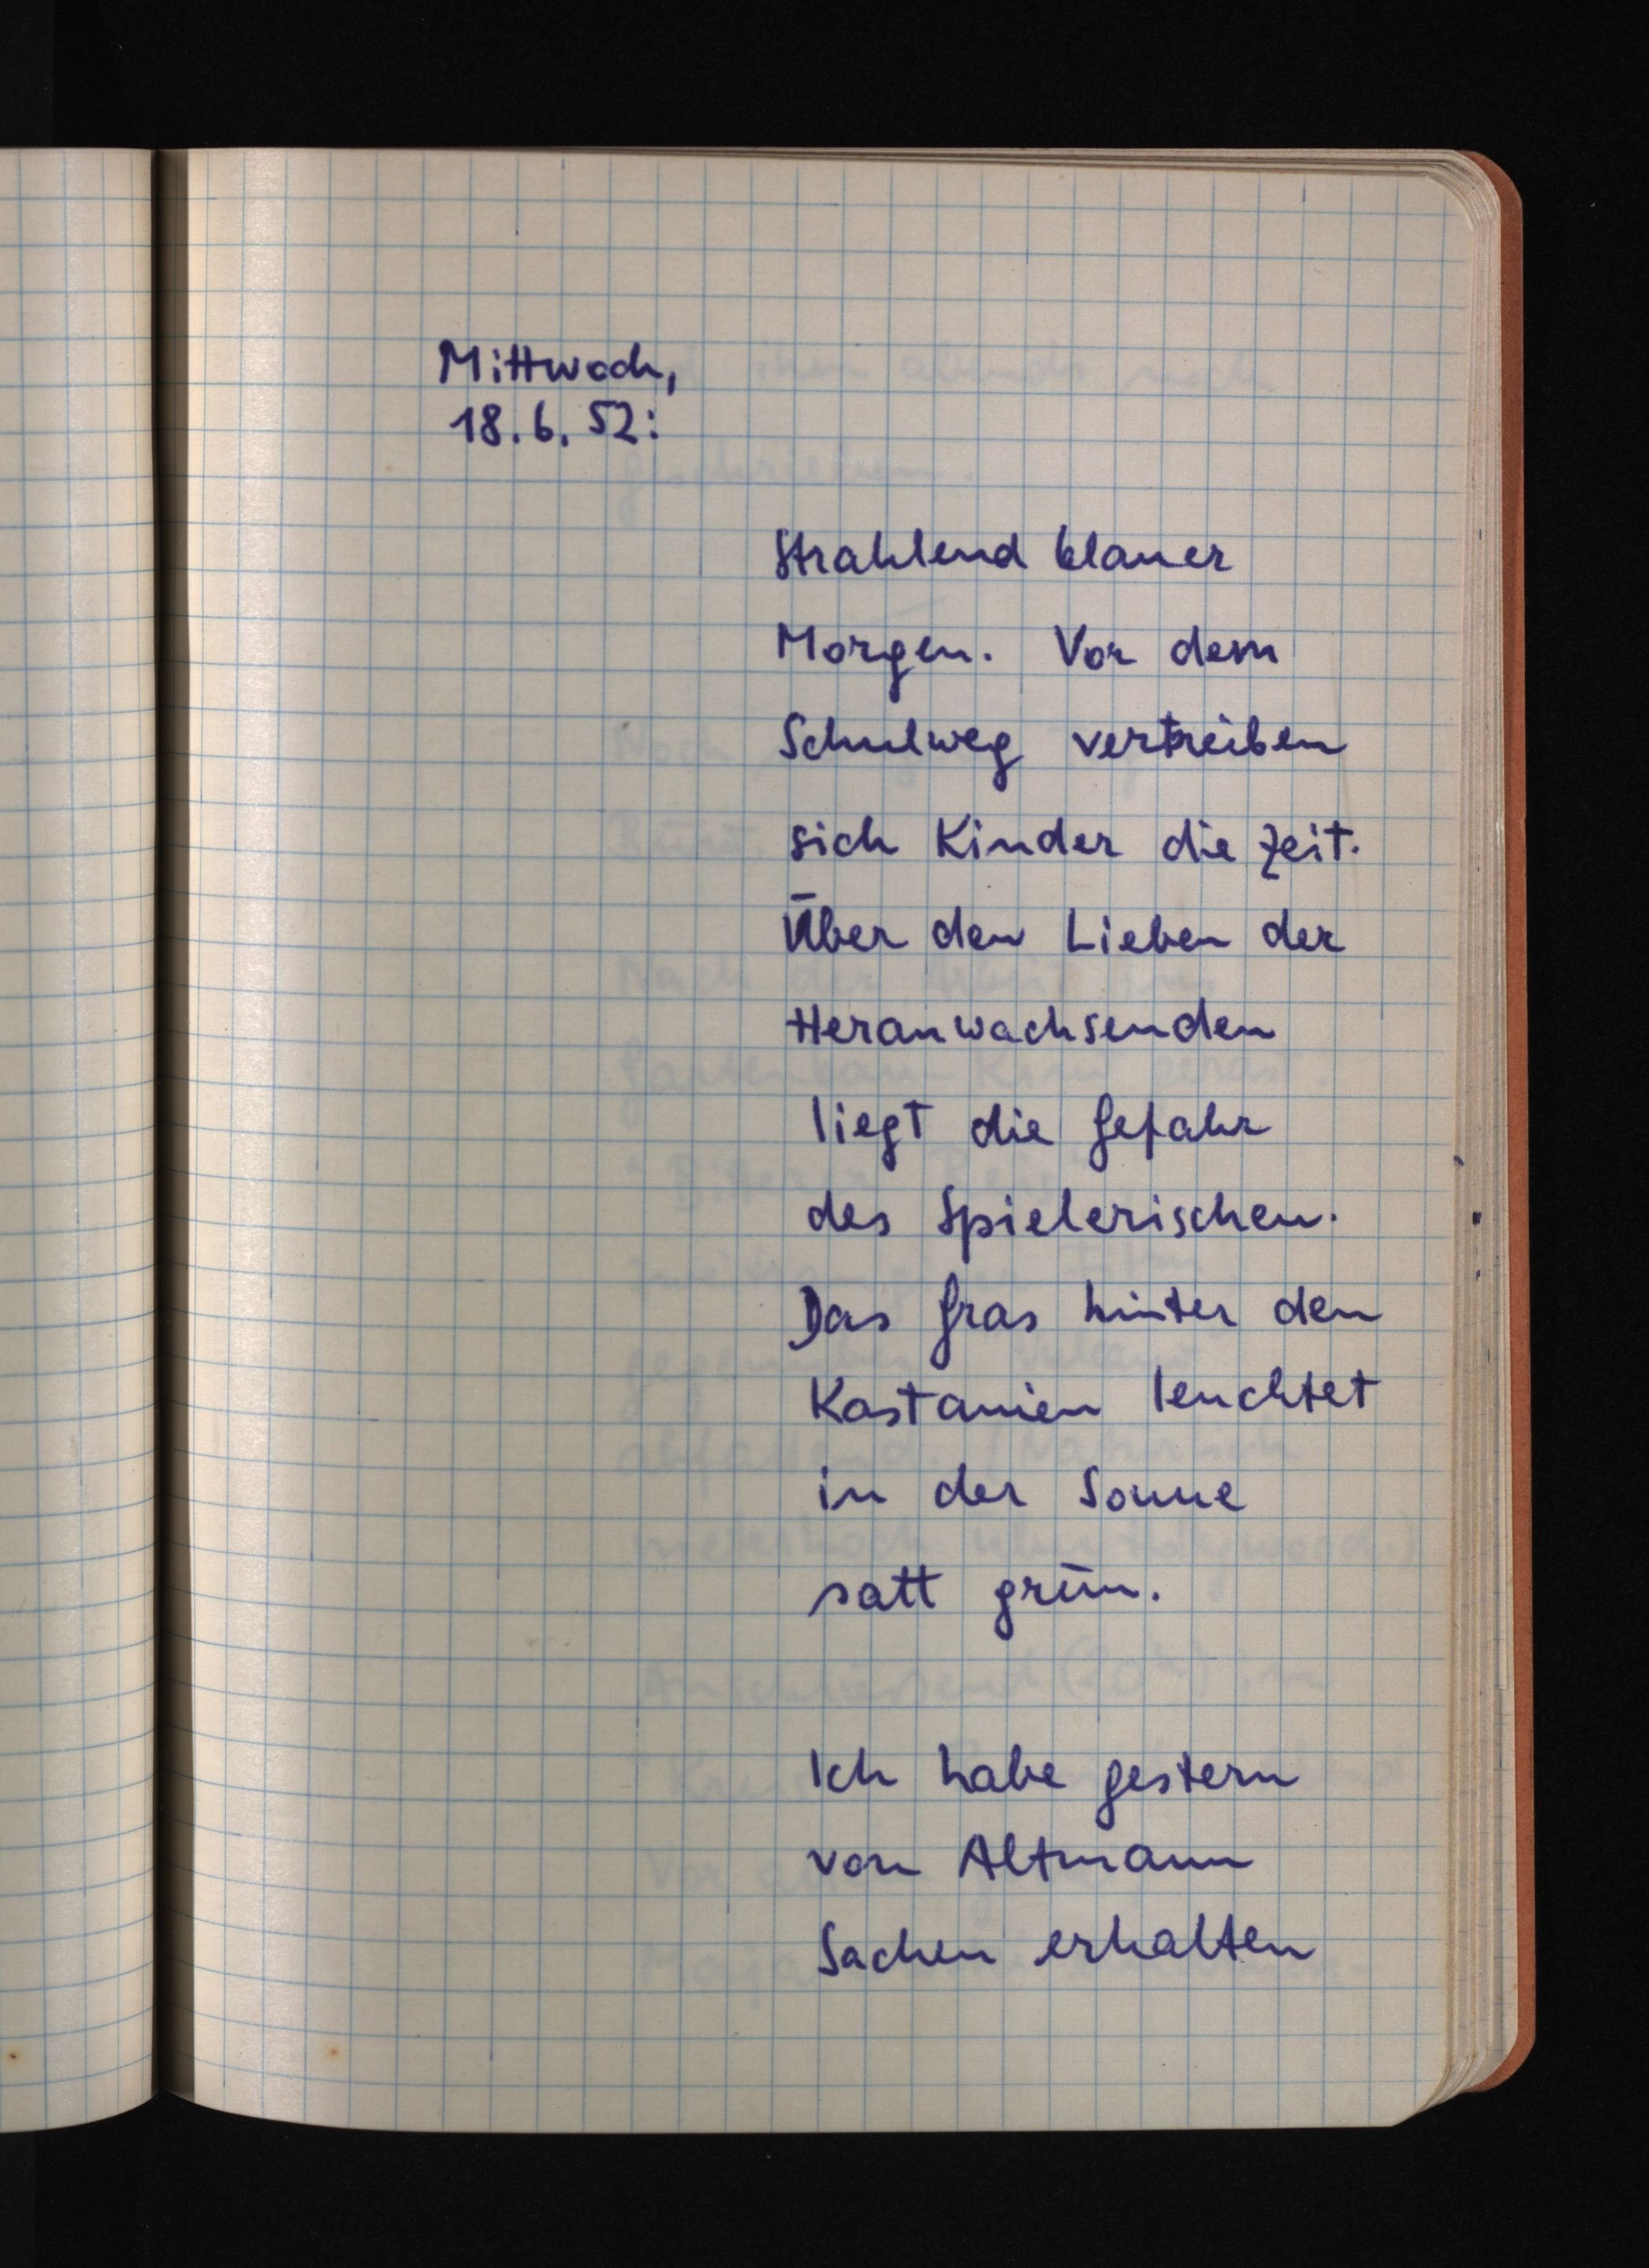
Mittwoch,
18.6.52:
Strahlend blauer
Morgen. Vor dem
Schulweg vertreiben
sich Kinder die Zeit.
Über den Lieben der
Heranwachsenden
liegt die Gefahr
des Spielerischen.
Das Gras hinter den
Kastanien leuchtet
in der Sonne
satt grün.
Ich habe gestern
von Altmann
Sachen erhalten